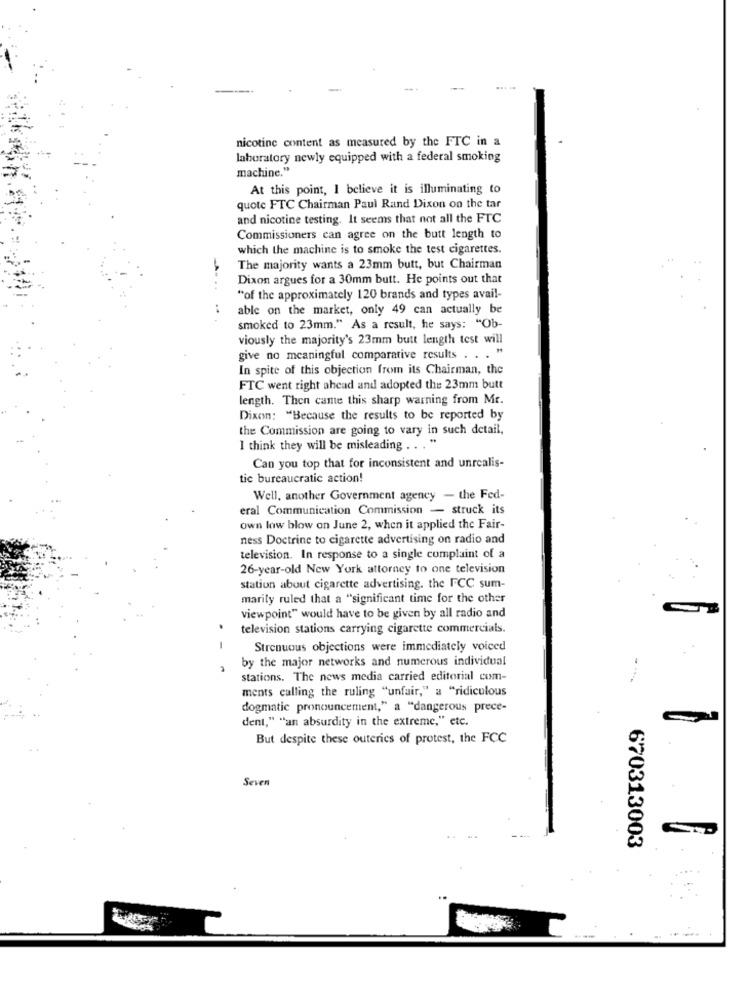
nicotine content as measured by the FTC in a
laboratory newly equipped with a federal smoking
machine."
At this point, I believe it is illuminating to
quote FTC Chairman Paul Rand Dixon on the tar
and nicotine testing. It seems that not all the FTC
Commissioners can agree on the butt length to
which the machine is to smoke the test cigarettes.
The majority wants a 23mm butt, but Chairman
Dixon argues for a 30mm butt. He points out that
"of the approximately 120 brands and types avail-
able on the market, only 49 can actually be
smoked to 23mm." As a result, he says: "Ob-
viously the majority's 23mm butt length test will
give no meaningful comparative results . . . "
In spite of this objection from its Chairman, the
FTC went right ahead and adopted the 23mm butt
length. Then came this sharp warning from Mr.
Dixon: "Because the results to be reported by
the Commission are going to vary in such detail,
I think they will be misleading . .
Can you top that for inconsistent and unrealis-
tic bureaucratic action!
Well, another Government agency - the Fed-
eral Communication Commission - struck its
own low blow on June 2, when it applied the Fair-
ness Doctrine to cigarette advertising on radio and
television. In response to a single complaint of a
26-year-old New York attorney to one television
station about cigarette advertising. the FCC sum-
marily ruled that a "significant time for the other
viewpoint" would have to be given by all radio and
television stations carrying cigarette commercials.
Strenuous objections were immediately voiced
by the major networks and numerous individual
stations. The news media carried editorial com-
ments calling the ruling "unfair," a "ridiculous
dogmatic pronouncement," a "dangerous prece-
dent," "an absurdity in the extreme," etc.
But despite these outerics of protest, the FCC
Seven
670313003